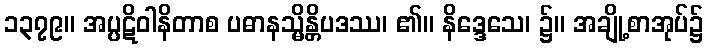
၁၃၇၉။ အပ္ပဋိဝါနိတာစ ပဓာနသ္မိန္တိပဒဿ၊ ၏။ နိဒ္ဒေသေ၊ ၌။ အချို့စာအုပ်၌